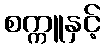
စက္ကူနှင့်